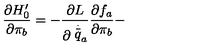
\frac { \partial H _ { 0 } ^ { \prime } } { \partial \pi _ { b } } = - \frac { \partial L } { \partial \stackrel { \stackrel { . } { \_ } } { q } _ { a } } \frac { \partial f _ { a } } { \partial \pi _ { b } } -